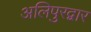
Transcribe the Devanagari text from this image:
अलिपुरद्वार